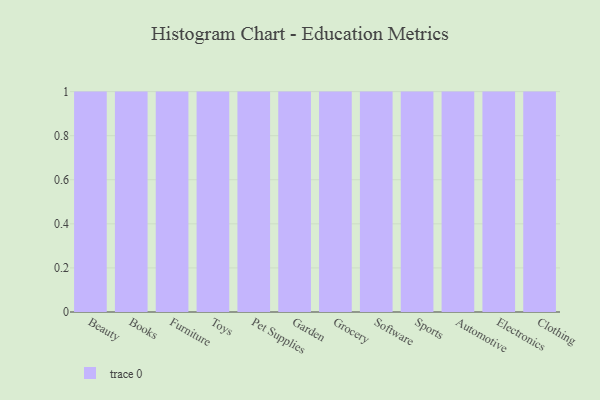
{"axis": {"x": "Category", "y": "Humidity (%)"}, "legend": [""], "data": [{"x": "Beauty", "y": 25, "type": ""}, {"x": "Books", "y": 68, "type": ""}, {"x": "Furniture", "y": 99, "type": ""}, {"x": "Toys", "y": 80, "type": ""}, {"x": "Pet Supplies", "y": 98, "type": ""}, {"x": "Garden", "y": 6, "type": ""}, {"x": "Grocery", "y": 56, "type": ""}, {"x": "Software", "y": 87, "type": ""}, {"x": "Sports", "y": 35, "type": ""}, {"x": "Automotive", "y": 32, "type": ""}, {"x": "Electronics", "y": 45, "type": ""}, {"x": "Clothing", "y": 84, "type": ""}]}